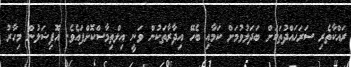
ރައްކާތެރި ސަރަޙައްދުތަކަށް ބަދަލުވުމަށް ކަމާއި ބެހޭ އިދާރާތަކުން ވަނީ އިލްތިމާސްކޮށްފައެވެ. އޮފިޝަލުން މިހާރު